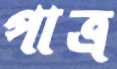
পাত্র